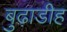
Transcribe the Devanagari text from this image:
बुढ़ाडीह